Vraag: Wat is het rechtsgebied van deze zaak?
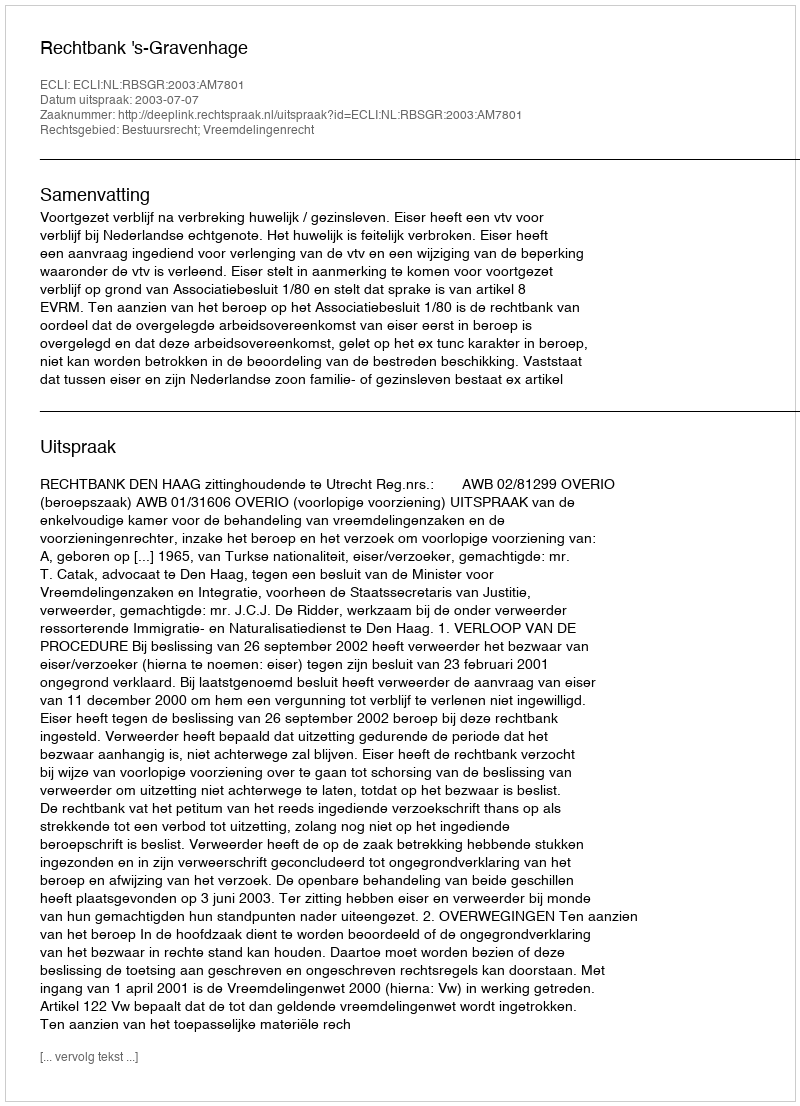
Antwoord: Bestuursrecht; Vreemdelingenrecht